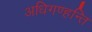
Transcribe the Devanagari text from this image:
अधिगण्हन्ति